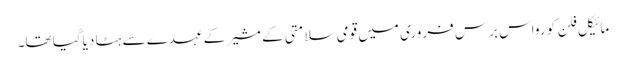
مائیکل فلن کو رواس برس فروری میں قومی سلامتی کے مشیر کے عہدے سے ہٹا دیا گیا تھا۔